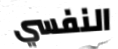
النفسي